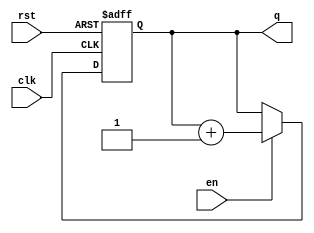
module anothercounter(

	input	wire	en, // active high
	input	wire	clk,
	input	wire	rst, // active high async
	output	reg		[15:0]	q
);

	always	@(posedge clk, posedge rst)
	
		if(rst)	q <=	16'd0;
		else	if(en) q <= q + 1'b1;

endmodule